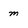
Character: m